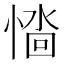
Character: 𢞮